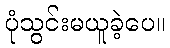
ပုံသွင်းမယူခဲ့ပေ။